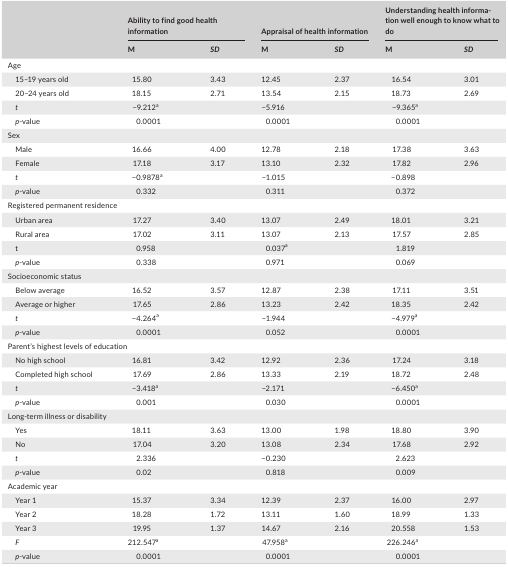
<table><thead><tr><td></td><td colspan="2"><b>Ability to find good health information</b></td><td colspan="2"><b>Appraisal of health information</b></td><td colspan="2"><b>Understanding health information well enough to know what to do</b></td></tr><tr><td></td><td><b>M</b></td><td><b><i>SD</i></b></td><td><b>M</b></td><td><b><i>SD</i></b></td><td><b>M</b></td><td><b><i>SD</i></b></td></tr></thead><tbody><tr><td colspan="7">Age</td></tr><tr><td>15–19 years old</td><td>15.80</td><td>3.43</td><td>12.45</td><td>2.37</td><td>16.54</td><td>3.01</td></tr><tr><td>20–24 years old</td><td>18.15</td><td>2.71</td><td>13.54</td><td>2.15</td><td>18.73</td><td>2.69</td></tr><tr><td><i>t</i></td><td>−9.212a</td><td></td><td>−5.916</td><td></td><td>−9.365a</td><td></td></tr><tr><td><i>p</i>‐value</td><td>0.0001</td><td></td><td>0.0001</td><td></td><td>0.0001</td><td></td></tr><tr><td colspan="7">Sex</td></tr><tr><td>Male</td><td>16.66</td><td>4.00</td><td>12.78</td><td>2.18</td><td>17.38</td><td>3.63</td></tr><tr><td>Female</td><td>17.18</td><td>3.17</td><td>13.10</td><td>2.32</td><td>17.82</td><td>2.96</td></tr><tr><td><i>t</i></td><td>−0.9878a</td><td></td><td>−1.015</td><td></td><td>−0.898</td><td></td></tr><tr><td><i>p</i>‐value</td><td>0.332</td><td></td><td>0.311</td><td></td><td>0.372</td><td></td></tr><tr><td colspan="7">Registered permanent residence</td></tr><tr><td>Urban area</td><td>17.27</td><td>3.40</td><td>13.07</td><td>2.49</td><td>18.01</td><td>3.21</td></tr><tr><td>Rural area</td><td>17.02</td><td>3.11</td><td>13.07</td><td>2.13</td><td>17.57</td><td>2.85</td></tr><tr><td>t</td><td>0.958</td><td></td><td>0.037a</td><td></td><td>1.819</td><td></td></tr><tr><td><i>p</i>‐value</td><td>0.338</td><td></td><td>0.971</td><td></td><td>0.069</td><td></td></tr><tr><td colspan="7">Socioeconomic status</td></tr><tr><td>Below average</td><td>16.52</td><td>3.57</td><td>12.87</td><td>2.38</td><td>17.11</td><td>3.51</td></tr><tr><td>Average or higher</td><td>17.65</td><td>2.86</td><td>13.23</td><td>2.42</td><td>18.35</td><td>2.42</td></tr><tr><td><i>t</i></td><td>−4.264a</td><td></td><td>−1.944</td><td></td><td>−4.979a</td><td></td></tr><tr><td><i>p</i>‐value</td><td>0.0001</td><td></td><td>0.052</td><td></td><td>0.0001</td><td></td></tr><tr><td colspan="7">Parent’s highest levels of education</td></tr><tr><td>No high school</td><td>16.81</td><td>3.42</td><td>12.92</td><td>2.36</td><td>17.24</td><td>3.18</td></tr><tr><td>Completed high school</td><td>17.69</td><td>2.86</td><td>13.33</td><td>2.19</td><td>18.72</td><td>2.48</td></tr><tr><td><i>t</i></td><td>−3.418a</td><td></td><td>−2.171</td><td></td><td>−6.450a</td><td></td></tr><tr><td><i>p</i>‐value</td><td>0.001</td><td></td><td>0.030</td><td></td><td>0.0001</td><td></td></tr><tr><td colspan="7">Long‐term illness or disability</td></tr><tr><td>Yes</td><td>18.11</td><td>3.63</td><td>13.00</td><td>1.98</td><td>18.80</td><td>3.90</td></tr><tr><td>No</td><td>17.04</td><td>3.20</td><td>13.08</td><td>2.34</td><td>17.68</td><td>2.92</td></tr><tr><td><i>t</i></td><td>2.336</td><td></td><td>−0.230</td><td></td><td>2.623</td><td></td></tr><tr><td><i>p</i>‐value</td><td>0.02</td><td></td><td>0.818</td><td></td><td>0.009</td><td></td></tr><tr><td colspan="7">Academic year</td></tr><tr><td>Year 1</td><td>15.37</td><td>3.34</td><td>12.39</td><td>2.37</td><td>16.00</td><td>2.97</td></tr><tr><td>Year 2</td><td>18.28</td><td>1.72</td><td>13.11</td><td>1.60</td><td>18.99</td><td>1.33</td></tr><tr><td>Year 3</td><td>19.95</td><td>1.37</td><td>14.67</td><td>2.16</td><td>20.558</td><td>1.53</td></tr><tr><td><i>F</i></td><td>212.547a</td><td></td><td>47.958a</td><td></td><td>226.246a</td><td></td></tr><tr><td><i>p</i>‐value</td><td>0.0001</td><td></td><td>0.0001</td><td></td><td>0.0001</td><td></td></tr></tbody></table>